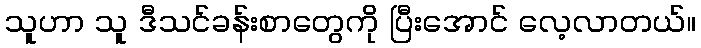
သူဟာ သူ ဒီသင်ခန်းစာတွေကို ပြီးအောင် လေ့လာတယ်။